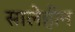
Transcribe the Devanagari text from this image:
सालेहीन